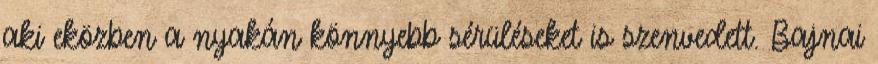
aki eközben a nyakán könnyebb sérüléseket is szenvedett. Bajnai